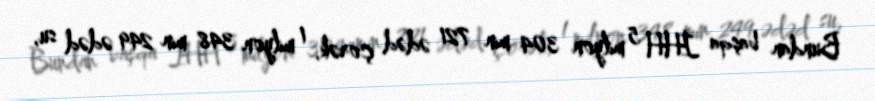
Bundan başqa İHH 5 milyon 304 min 721 ədəd çörək, 1 milyon 348 min 249 ədəd su,